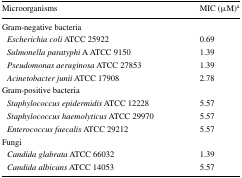
<table><thead><tr><td><b>Microorganisms</b></td><td><b>MIC (μM)<sup>a</sup></b></td></tr></thead><tbody><tr><td colspan="2">Gram-negative bacteria</td></tr><tr><td> <i>Escherichia coli</i> ATCC 25922</td><td>0.69</td></tr><tr><td> <i>Salmonella paratyphi</i> A ATCC 9150</td><td>1.39</td></tr><tr><td> <i>Pseudomonas aeruginosa</i> ATCC 27853</td><td>1.39</td></tr><tr><td> <i>Acinetobacter junii</i> ATCC 17908</td><td>2.78</td></tr><tr><td colspan="2">Gram-positive bacteria</td></tr><tr><td> <i>Staphylococcus epidermidis</i> ATCC 12228</td><td>5.57</td></tr><tr><td> <i>Staphylococcus haemolyticus</i> ATCC 29970</td><td>5.57</td></tr><tr><td> <i>Enterococcus faecalis</i> ATCC 29212</td><td>5.57</td></tr><tr><td colspan="2">Fungi</td></tr><tr><td> <i>Candida glabrata</i> ATCC 66032</td><td>1.39</td></tr><tr><td> <i>Candida albicans</i> ATCC 14053</td><td>5.57</td></tr></tbody></table>